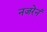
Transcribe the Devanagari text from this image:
नजरेनं